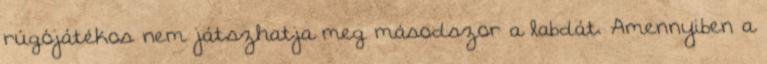
rúgójátékos nem játszhatja meg másodszor a labdát. Amennyiben a